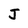
Character: J